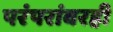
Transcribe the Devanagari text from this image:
परंपरांवरही